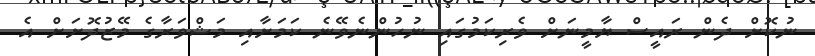
ނުކޮށް ދެން ރައީސް ޔާމީނަށް ވެރިކަމުގައި ނުހުންނެވޭނެ ކަމަށާއި މަޝްވަރާގެ މޭޒުދޮށަށް އެ